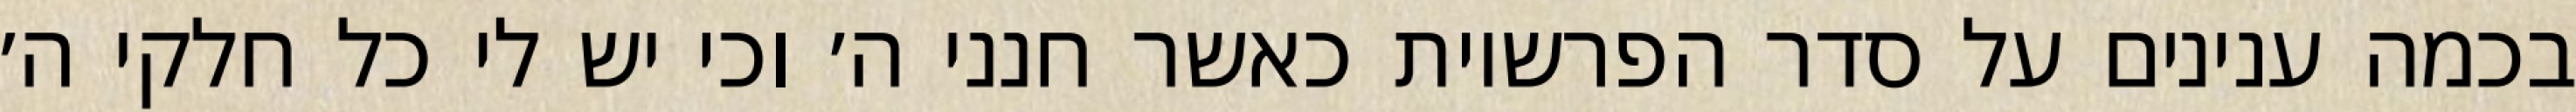
בכמה ענינים על סדר הפרשיות כאשר חנני ה׳ וכי יש לי כל חלקי ה׳